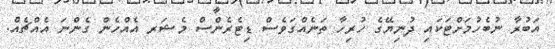
އަބުރާ ނުބެހުމަށްޓަކައި ދުނިޔޭގެ ހުރިހާ ތަނެއްގަވެސް ޑިޓެރެންސް މެޝަރ އެއްހެން ގެންނަ އެއްޗެއް.